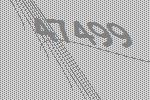
47499